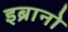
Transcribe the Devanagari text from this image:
इब्रानो